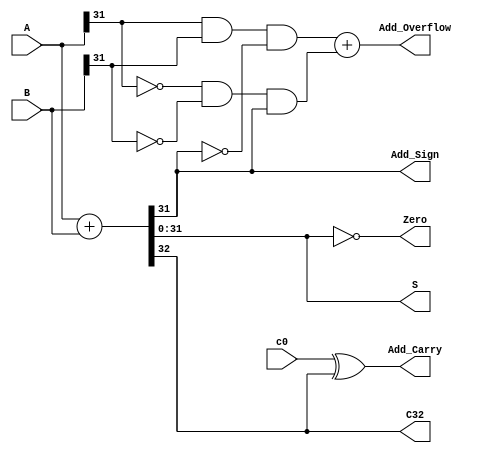
//32
module add32_112(A, B, c0, S, C32, Add_Carry, Zero, Add_Overflow, Add_Sign);
     input [31:0] A;
     input [31:0] B;
     input c0;
     output [31:0] S;
     output C32, Add_Carry, Zero, Add_Overflow, Add_Sign;

  assign {C32, S} = A + B,
         Add_Carry = c0 ^ C32,
         Zero = (S == 0),
         Add_Overflow = (A[31] & B[31] & ~S[31]) + (~A[31] & ~B[31] & S[31]),
         Add_Sign = S[31]; 

endmodule